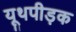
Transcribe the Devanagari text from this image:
यूथपीड़क